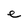
Character: e